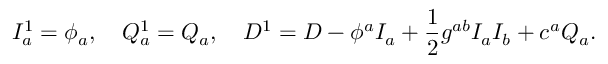
{ \cal I } _ { a } ^ { 1 } = \phi _ { a } , \quad { \cal Q } _ { a } ^ { 1 } = { \cal Q } _ { a } , \quad { \cal D } ^ { 1 } = { \cal D } - \phi ^ { a } I _ { a } + \frac { 1 } { 2 } g ^ { a b } I _ { a } I _ { b } + c ^ { a } Q _ { a } .